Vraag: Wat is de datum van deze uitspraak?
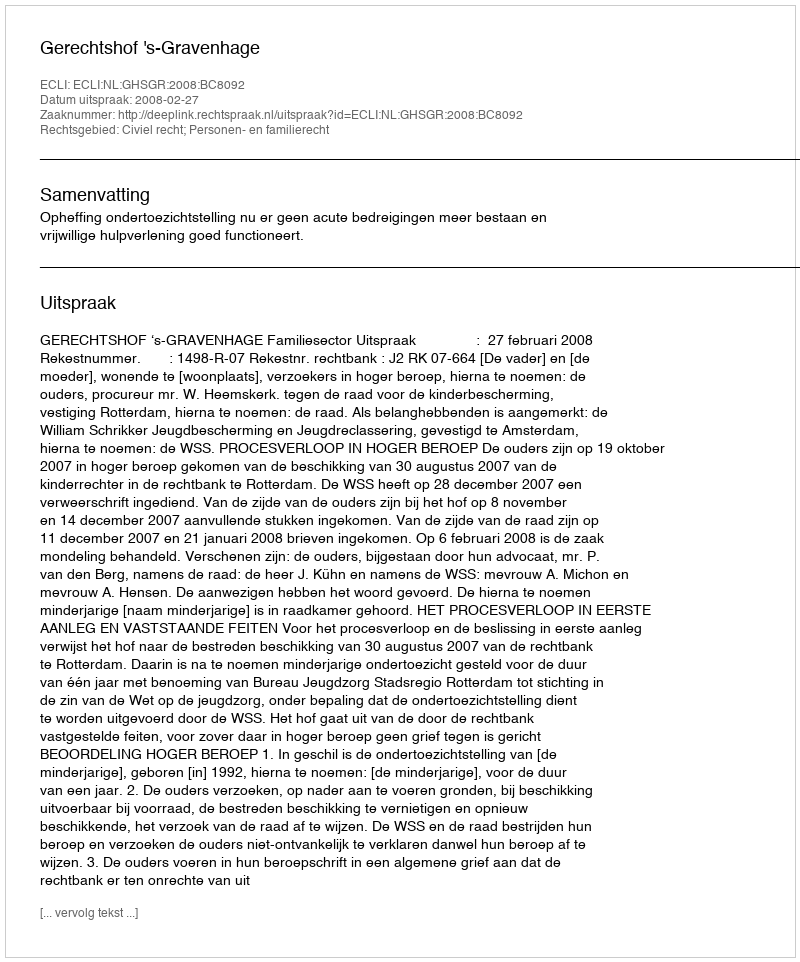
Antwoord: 2008-02-27